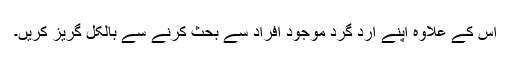
اس کے علاوہ اپنے ارد گرد موجود افراد سے بحث کرنے سے بالکل گریز کریں۔